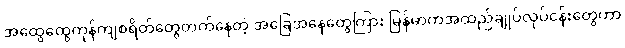
အထွေထွေကုန်ကျစရိတ်တွေတက်နေတဲ့ အခြေအနေတွေကြား မြန်မာကအထည်ချုပ်လုပ်ငန်းတွေဟာ